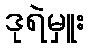
ဒုရဲမှူး